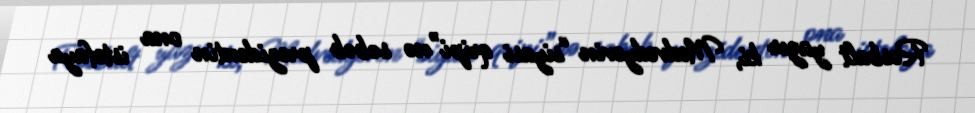
Rosbalt yazır ki, Medvedyevin “siyasi qripi”nə səbəb prezidentin ona istefaya